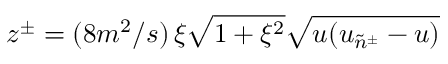
z ^ { \pm } = ( 8 m ^ { 2 } / s ) \, \xi \sqrt { 1 + \xi ^ { 2 } } \sqrt { u ( u _ { \tilde { n } ^ { \pm } } - u ) }